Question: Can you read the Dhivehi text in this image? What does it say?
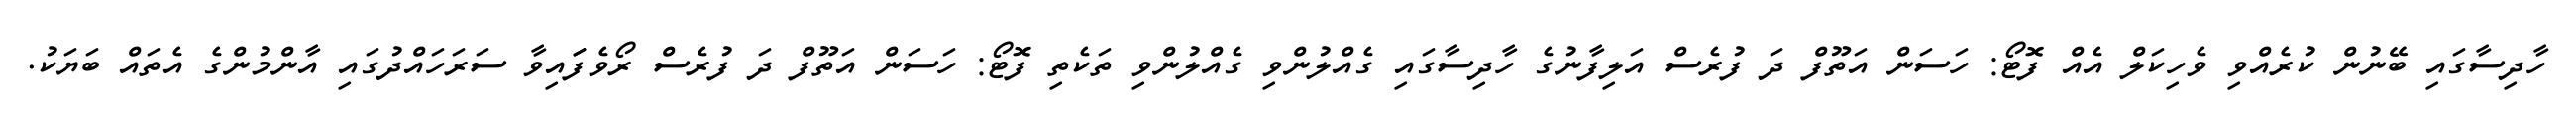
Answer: ހާދިސާގައި ބޭނުން ކުރެއްވި ވެހިކަލް އެއް ފޮޓޯ: ހަސަން އަތޫފް ދަ ފުރެސް އަލިފާނުގެ ހާދިސާގައި ގެއްލުންވި ގެއްލުންވި ތަކެތި ފޮޓޯ: ހަސަން އަތޫފް ދަ ފުރެސް ރޯވެފަައިވާ ސަރަހައްދުގައި އާންމުންގެ އެތައް ބަޔަކު.